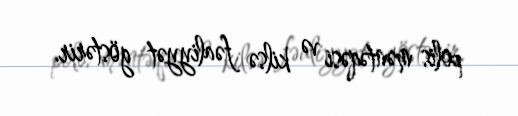
polis məntəqəsi və kilsə fəaliyyət göstərir.